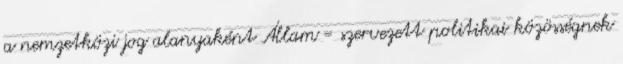
a nemzetközi jog alanyaként Állam = szervezett politikai közösségnek